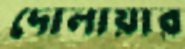
দোলায়ার